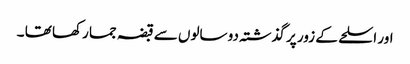
اور اسلحے کے زور پر گذشتہ دو سالوں سے قبضہ جما رکھا تھا ۔